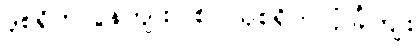
ဒုစရိုက်လွန်ကျူးပြစ်၊ သုစရိုက်လုံခြုံကျိုး